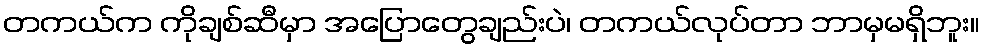
တကယ်က ကိုချစ်ဆီမှာ အပြောတွေချည်းပဲ၊ တကယ်လုပ်တာ ဘာမှမရှိဘူး။